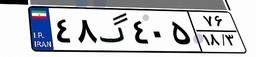
۸۴گ۸۰۱۷۱